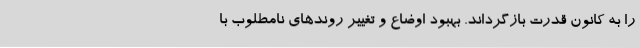
را به کانون قدرت بازگرداند. بهبود اوضاع و تغییر روندهای نامطلوب با